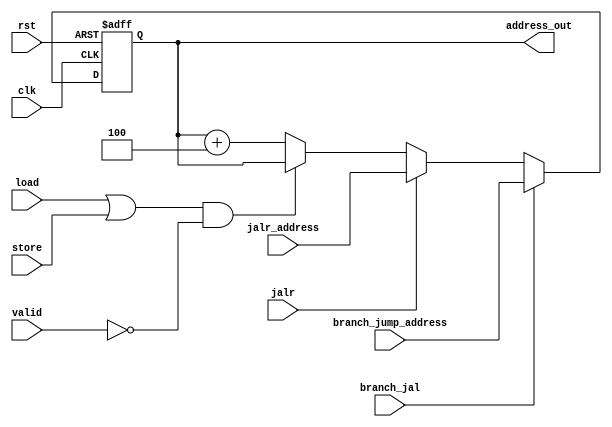
module pc (
    input wire        clk,
    input wire        rst,
    input wire        load,
    input wire        store,
    input wire        valid,
    input wire        branch_jal,
    input wire        jalr,
    input wire [31:0] jalr_address,
    input wire [31:0] branch_jump_address,

    output reg [31:0] address_out

);

    always @ (posedge clk or negedge rst) begin
        if (!rst) begin 
            address_out <= 0;
        end
        else if (branch_jal)begin
            address_out <= branch_jump_address;
        end
        else if (jalr)begin
            address_out <= jalr_address;
        end
        else if ((load | store) & !valid)begin
            address_out <= address_out;
        end
        else begin
            address_out <= address_out + 32'd4;
        end
    end
endmodule